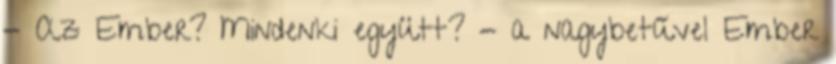
- Az Ember? Mindenki együtt? - a nagybetűvel Ember